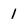
Character: 1